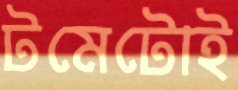
টমেটোই